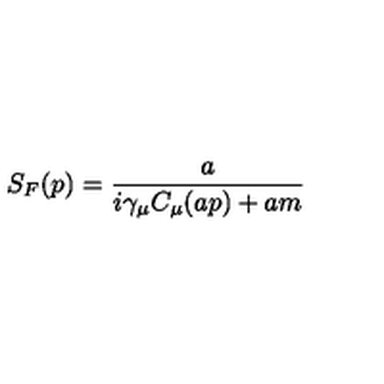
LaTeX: S _ { F } ( p ) = \frac { a } { i \gamma _ { \mu } C _ { \mu } ( a p ) + a m }